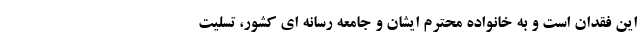
این فقدان است و به خانواده محترم ایشان و جامعه رسانه ای کشور، تسلیت